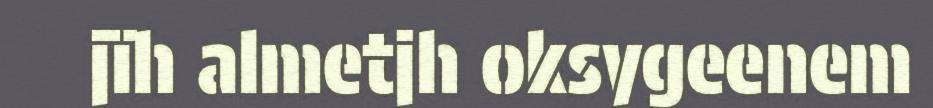
jïh almetjh oksygeenem